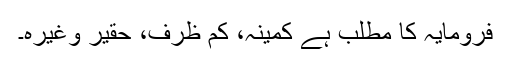
فِرومایہ کا مطلب ہے کمینہ، کم ظرف، حقیر وغیرہ۔